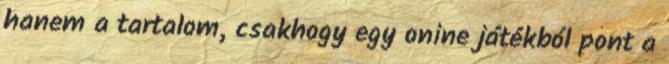
hanem a tartalom, csakhogy egy onine játékból pont a